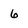
Character: 6